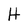
Character: H